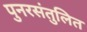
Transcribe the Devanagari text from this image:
पुनरसंतुलित